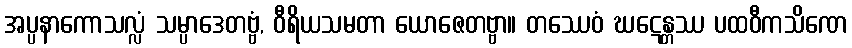
အပ္ပနာကောသလ္လံ သမ္ပာဒေတဗ္ဗံ, ဝီရိယသမတာ ယောဇေတဗ္ဗာ။ တဿေဝံ ဃဋေန္တဿ ပထဝီကသိဏေ